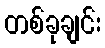
တစ်ခုချင်း